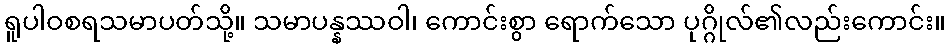
ရူပါဝစရသမာပတ်သို့။ သမာပန္နဿဝါ၊ ကောင်းစွာ ရောက်သော ပုဂ္ဂိုလ်၏လည်းကောင်း။